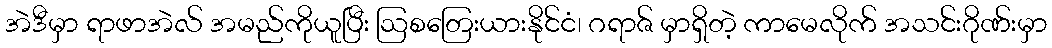
အဲဒီမှာ ရာဖာအဲလ် အမည်ကိုယူပြီး ဩစတြေးယားနိုင်ငံ၊ ဂရာဇ် မှာရှိတဲ့ ကာမေလိုက် အသင်းဂိုဏ်းမှာ